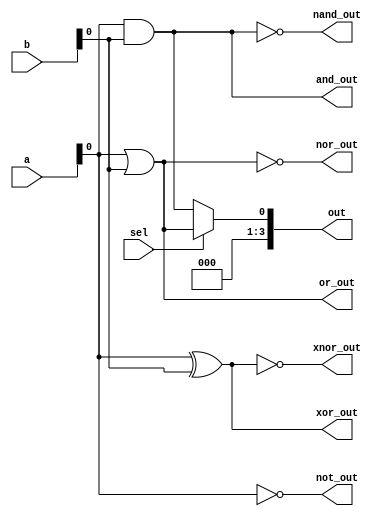
module combinational_logic (
    input wire [3:0] a,      // 4-bit input a
    input wire [3:0] b,      // 4-bit input b
    input wire sel,          // Select signal for multiplexer
    output wire [3:0] out,   // 4-bit output
    output wire and_out,     // AND output
    output wire or_out,      // OR output
    output wire not_out,     // NOT output (for a[0])
    output wire nand_out,    // NAND output
    output wire nor_out,     // NOR output
    output wire xor_out,     // XOR output
    output wire xnor_out     // XNOR output
);

    // Basic Logic Functions
    assign and_out = a[0] & b[0];      // AND
    assign or_out = a[0] | b[0];       // OR
    assign not_out = ~a[0];            // NOT
    assign nand_out = ~(a[0] & b[0]);  // NAND
    assign nor_out = ~(a[0] | b[0]);   // NOR
    assign xor_out = a[0] ^ b[0];      // XOR
    assign xnor_out = ~(a[0] ^ b[0]);  // XNOR

    // Multiplexer to select between AND and OR outputs
    assign out = sel ? or_out : and_out;

endmodule